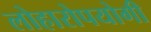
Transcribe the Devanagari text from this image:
लोहारोपयोगी